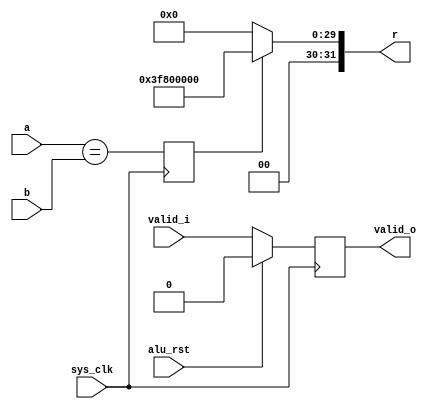
/*
 * Milkymist SoC
 * Copyright (C) 2007, 2008, 2009 Sebastien Bourdeauducq
 *
 * This program is free software: you can redistribute it and/or modify
 * it under the terms of the GNU General Public License as published by
 * the Free Software Foundation, version 3 of the License.
 *
 * This program is distributed in the hope that it will be useful,
 * but WITHOUT ANY WARRANTY; without even the implied warranty of
 * MERCHANTABILITY or FITNESS FOR A PARTICULAR PURPOSE.  See the
 * GNU General Public License for more details.
 *
 * You should have received a copy of the GNU General Public License
 * along with this program.  If not, see <http://www.gnu.org/licenses/>.
 */

module pfpu_equal(
	input sys_clk,
	input alu_rst,

	input [31:0] a,
	input [31:0] b,
	input valid_i,

	output [31:0] r,
	output reg valid_o
);

reg r_one;
always @(posedge sys_clk) begin
	if(alu_rst)
		valid_o <= 1'b0;
	else
		valid_o <= valid_i;
	r_one <= a == b;
end

assign r = r_one ? 32'h3f800000: 32'h00000000;

endmodule